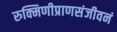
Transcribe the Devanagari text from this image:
रुक्मिणीप्राणसंजीवनं